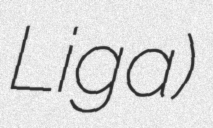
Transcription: Liga)